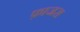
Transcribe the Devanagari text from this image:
फ़ाजरा